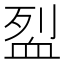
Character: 𬠼